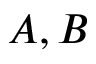
A , B